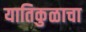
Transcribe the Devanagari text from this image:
यातिकुळाचा